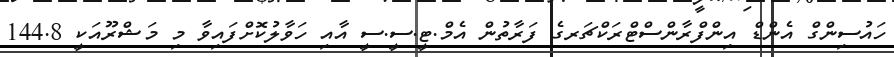
ހައުސިންގް އެންޑް އިންފްރާންސްޓްރަކްޗަރގެ ފަރާތުން އެމް.ޓީ.ސީ.ސީ އާއި ހަވާލުކޮށްފައިވާ މި މަޝްރޫއަކީ 144.8